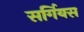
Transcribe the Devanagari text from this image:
सर्गियस